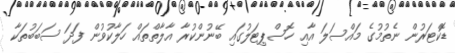
ޑޮކްޓަރުން ނެތުމުގެ މައްސަލަ އާއި ހޮސްޕިޓަލުގައި ބޭނުންކުރާ އާލާތްތައް ހަލާކުވުން ފަދަ ސަބަބުތަކާ